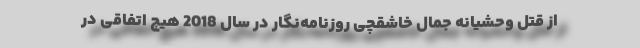
از قتل وحشیانه جمال خاشقچی روزنامه‌نگار در سال 2018 هیچ اتفاقی در